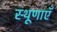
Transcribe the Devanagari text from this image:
स्थूणाएँ